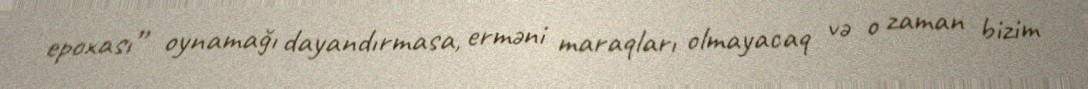
epoxası” oynamağı dayandırmasa, erməni maraqları olmayacaq və o zaman bizim